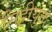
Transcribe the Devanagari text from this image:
मिट्टीयुक्त